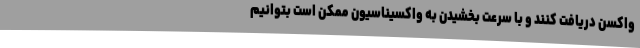
واکسن دریافت کنند و با سرعت بخشیدن به واکسیناسیون ممکن است بتوانیم